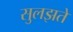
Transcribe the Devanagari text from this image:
सुलझते